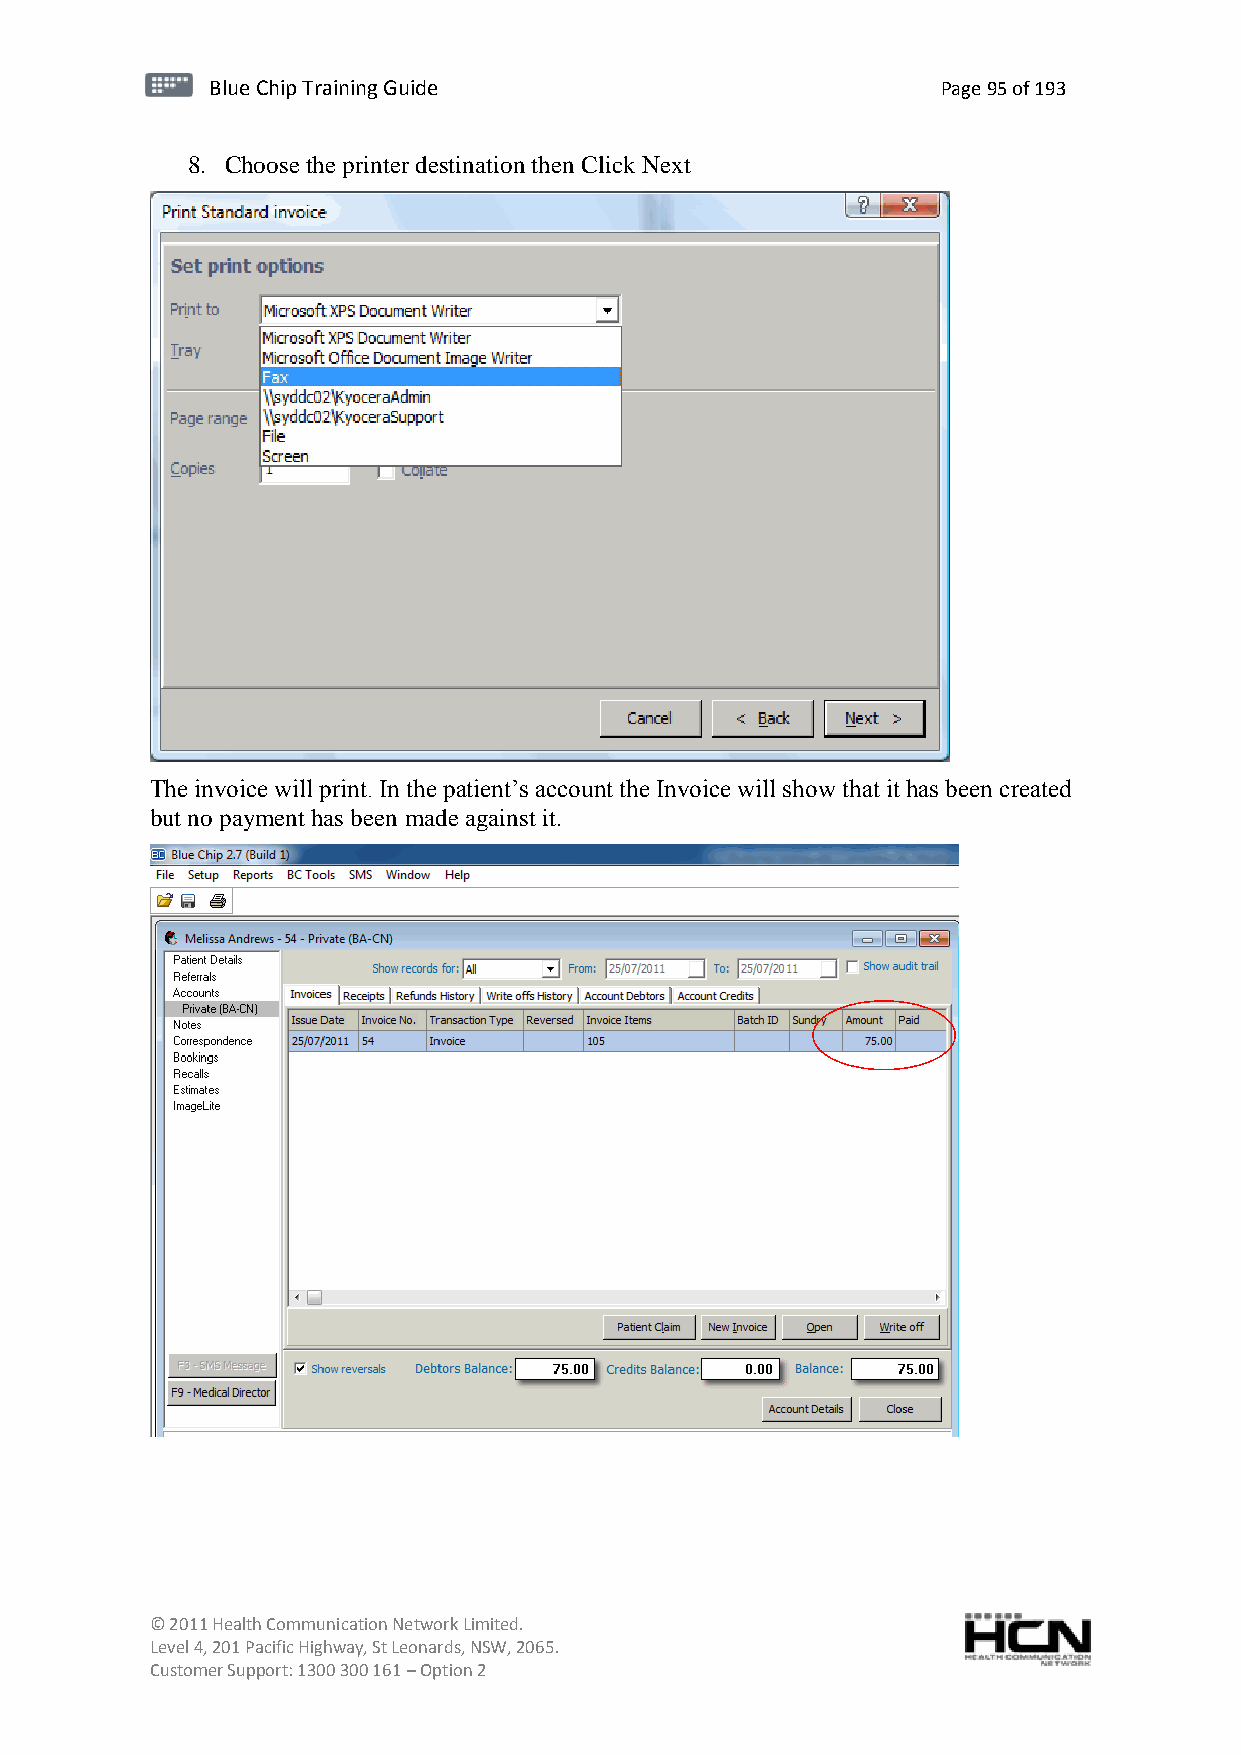
BBlluuee C Chihpi pTr Tairnainingi Gnugi dGeu ide Page 95 of 193
 8. Choose the printer destination then Click Next
 The invoice will print. In the patient’s account the Invoice will show that it has been created
 but no payment has been made against it.
 © 2011 Health Communication Network Limited.
 Level 4, 201 Pacific Highway, St Leonards, NSW, 2065.
 Customer Support: 1300 300 161 – Option 2